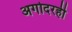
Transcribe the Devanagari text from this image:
अगोदरही